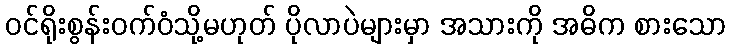
ဝင်ရိုးစွန်းဝက်ဝံသို့မဟုတ် ပိုလာပဲများမှာ အသားကို အဓိက စားသော